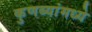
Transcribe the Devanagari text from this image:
कुणब्यांमध्ये